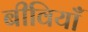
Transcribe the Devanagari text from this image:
बीवियाँ